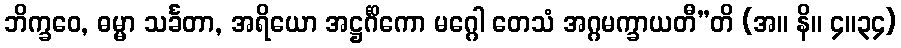
ဘိက္ခဝေ, ဓမ္မာ သင်္ခတာ, အရိယော အဋ္ဌင်္ဂိကော မဂ္ဂေါ တေသံ အဂ္ဂမက္ခာယတီ”တိ (အ။ နိ။ ၄။၃၄)